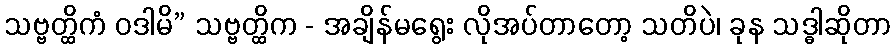
သဗ္ဗတ္ထိကံ ဝဒါမိ” သဗ္ဗတ္ထိက - အချိန်မရွေး လိုအပ်တာတော့ သတိပဲ၊ ခုန သဒ္ဓါဆိုတာ